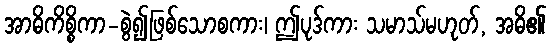
အာဓိကိစ္စိကာ-စွဲ၍ဖြစ်သောစကား၊ ဤပုဒ်ကား သမာသ်မဟုတ်, အဓိ၏